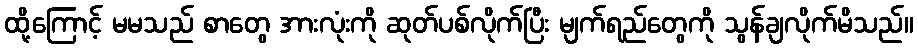
ထို့ကြောင့် မမသည် စာတွေ အားလုံးကို ဆုတ်ပစ်လိုက်ပြီး မျက်ရည်တွေကို သွန်ချလိုက်မိသည်။